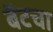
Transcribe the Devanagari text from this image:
बॅटचा